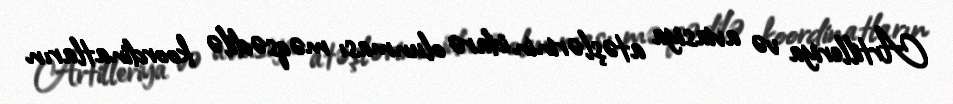
Artilleriya və aviasiya atəşlərinin idarə olunması məqsədilə koordinatların